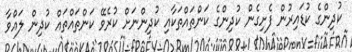
ކުދިންގެ ކުޑައިރުން ފެށިގެން ކުދިންގެ ކަންތައްތަކާއި ކުދިންނަށް ކުރެވޭ ކަންތައްތައް ކުދިން ލައްވާ